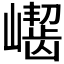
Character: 𪩛